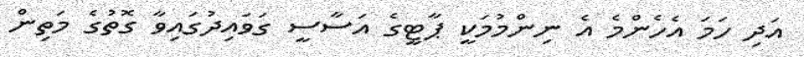
އަދި ހަމަ އެހެންމެ އެ ނިންމުމަކީ ޕާޓީގެ އަސާސީ ގަވައިދުގައިވާ ގޮތުގެ މަތިން